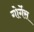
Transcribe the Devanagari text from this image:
गोर्गेस